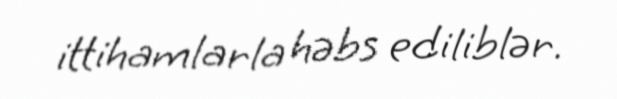
ittihamlarla həbs ediliblər.